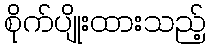
စိုက်ပျိုးထားသည့်